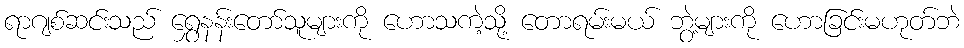
ရာဂျစ်ဆင်းသည် ရွှေနန်းတော်သူများကို ဟောသကဲ့သို့ တောရမ်းမယ် ဘွဲ့များကို ဟောခြင်းမဟုတ်ဘဲ